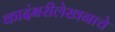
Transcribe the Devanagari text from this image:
कादंबरीलेखनाचे